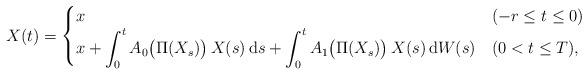
LaTeX: \begin{align*}X(t) = \begin{cases}x & (-r \le t \le 0) \\\displaystyle x + \int_0^t A_0 \big( \Pi( X_s) \big) \, X(s) \, \mbox{d}s + \int_0^t A_1 \big( \Pi (X_s) \big) \, X(s) \, \mbox{d}W(s) & (0 < t \le T), \end{cases}\end{align*}